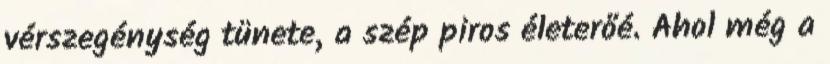
vérszegénység tünete, a szép piros életerőé. Ahol még a